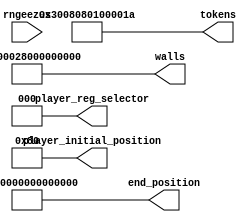
module level_five_rom_20 (
    input [1:0] rngeezus,
    output reg [63:0] player_initial_position,
    output reg [2:0] player_reg_selector,
    output reg [63:0] end_position,
    output reg [63:0] walls,
    output reg [63:0] tokens
  );
  
  
  
  always @* begin
    player_initial_position[0+7-:8] = 8'h80;
    player_initial_position[8+55-:56] = 56'h00000000000000;
    player_reg_selector = 3'h0;
    end_position[0+55-:56] = 56'h00000000000000;
    end_position[56+7-:8] = 8'h01;
    tokens[0+7-:8] = 8'h1a;
    tokens[8+7-:8] = 8'h00;
    tokens[16+7-:8] = 8'h00;
    tokens[24+7-:8] = 8'h01;
    tokens[32+7-:8] = 8'h08;
    tokens[40+7-:8] = 8'h08;
    tokens[48+7-:8] = 8'h30;
    tokens[56+7-:8] = 8'h00;
    walls[0+7-:8] = 8'h04;
    walls[8+7-:8] = 8'h00;
    walls[16+7-:8] = 8'h00;
    walls[24+7-:8] = 8'h00;
    walls[32+7-:8] = 8'h80;
    walls[40+7-:8] = 8'h02;
    walls[48+7-:8] = 8'h00;
    walls[56+7-:8] = 8'hf0;
  end
endmodule